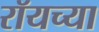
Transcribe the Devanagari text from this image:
रॉयच्या